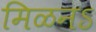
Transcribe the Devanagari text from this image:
मिळनऽ